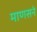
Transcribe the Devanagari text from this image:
माणसने